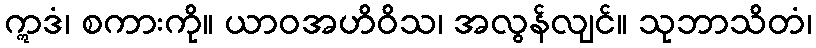
ဣဒံ၊ စကားကို။ ယာဝအဟိဝိသ၊ အလွန်လျင်။ သုဘာသိတံ၊